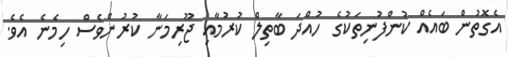
އެގޮތުން ބައެއް ކުންފުނިތަކުގެ ހުއްދަ ބާތިލް ކުރުމާއި ޖޫރިމަނާ ކުރުންވެސް ހިމެނެ އެވެ.